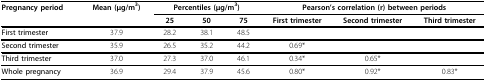
<table><thead><tr><td><b>Pregnancy period</b></td><td><b>Mean (μg/m<sup>3</sup>)</b></td><td colspan="3"><b>Percentiles (μg/m<sup>3</sup>)</b></td><td colspan="3"><b>Pearson&#x27;s correlation (r) between periods</b></td></tr><tr><td></td><td></td><td><b>25</b></td><td><b>50</b></td><td><b>75</b></td><td><b>First trimester</b></td><td><b>Second trimester</b></td><td><b>Third trimester</b></td></tr></thead><tbody><tr><td><b>First trimester</b></td><td>37.9</td><td>28.2</td><td>38.1</td><td>48.5</td><td></td><td></td><td></td></tr><tr><td><b>Second trimester</b></td><td>35.9</td><td>26.5</td><td>35.2</td><td>44.2</td><td>0.69*</td><td></td><td></td></tr><tr><td><b>Third trimester</b></td><td>37.0</td><td>27.3</td><td>37.0</td><td>46.1</td><td>0.34*</td><td>0.65*</td><td></td></tr><tr><td><b>Whole pregnancy</b></td><td>36.9</td><td>29.4</td><td>37.9</td><td>45.6</td><td>0.80*</td><td>0.92*</td><td>0.83*</td></tr></tbody></table>